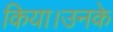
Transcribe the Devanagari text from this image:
किया।उनके